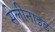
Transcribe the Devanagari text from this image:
सेलीनाइड